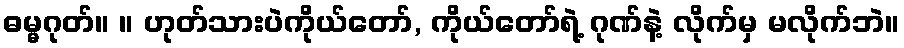
ဓမ္မဂုတ်။ ။ ဟုတ်သားပဲကိုယ်တော်, ကိုယ်တော်ရဲ့ ဂုဏ်နဲ့ လိုက်မှ မလိုက်ဘဲ။